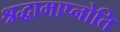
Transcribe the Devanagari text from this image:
श्रद्धामाप्नोति